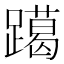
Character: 𨆍